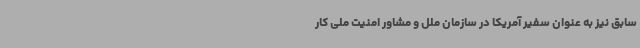
سابق نیز به عنوان سفیر آمریکا در سازمان ملل و مشاور امنیت ملی کار